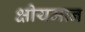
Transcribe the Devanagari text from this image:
क्षीयमान